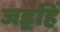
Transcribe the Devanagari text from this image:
जड॒हिं